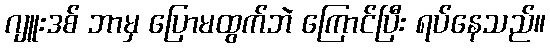
ဂျူးဒစ် ဘာမှ ပြောမထွက်ဘဲ ကြောင်ပြီး ရပ်နေသည်။